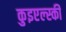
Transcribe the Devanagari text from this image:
कुइएल्स्की